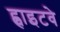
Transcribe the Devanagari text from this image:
ह्वाइटवे